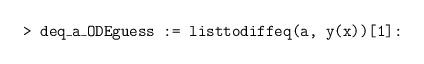
LaTeX: \begin{align*} \texttt{> deq\_a\_ODEguess := listtodiffeq(a, y(x))[1]:}\end{align*}